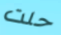
حلت